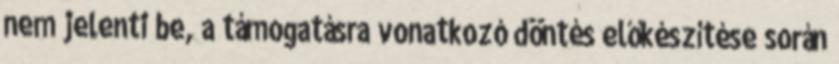
nem jelenti be, a támogatásra vonatkozó döntés előkészítése során